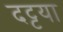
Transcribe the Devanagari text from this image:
दट्टया